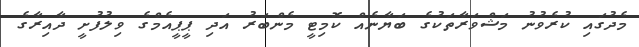
މެދުގައި ކުރެވުނު މަޝްވަރާތަކުގެ ބަޔާނެއް ކޮމިޓީ މެންބަރު އަދި ޕީޕީއެމްގެ ވިލުފުށީ ދާއިރާގެ